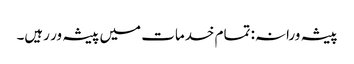
پیشہ ورانہ: تمام خدمات میں پیشہ ور رہیں۔